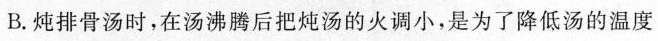
B.炖排骨汤时，在汤沸腾后把炖汤的火调小，是为了降低汤的温度